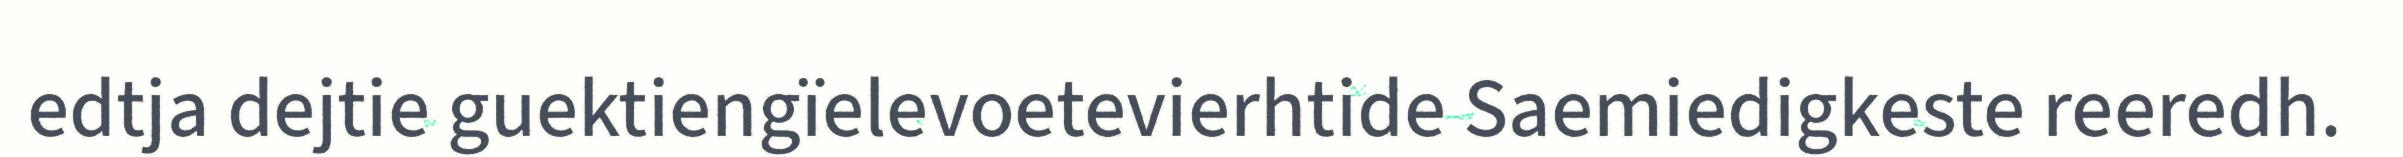
edtja dejtie guektiengïelevoetevierhtide Saemiedigkeste reeredh.